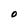
Character: O